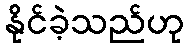
နိုင်ခဲ့သည်ဟု